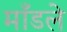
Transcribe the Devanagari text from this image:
माँडले